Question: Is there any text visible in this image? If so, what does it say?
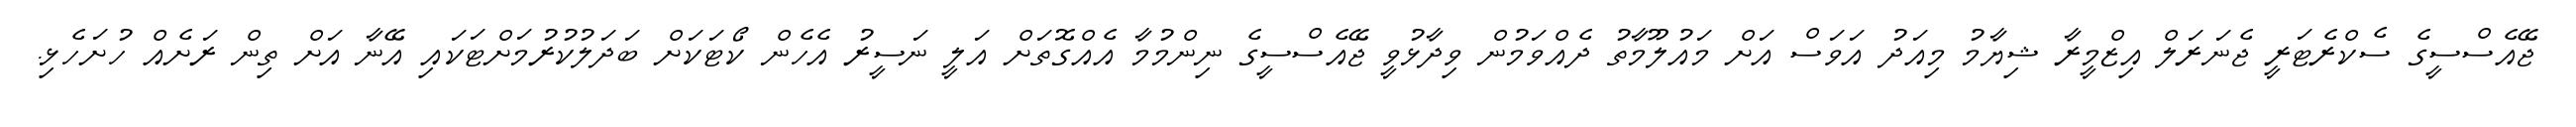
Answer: ޖޭއެސްސީގެ ސެކްރެޓަރީ ޖެނަރަލް އިޒްމީރާ ޝިޔާމު މިއަދު އަވަސް އަށް މައުލޫމާތު ދެއްވަމުން ވިދާޅުވީ ޖޭއެސްސީގެ ނިންމުމާ އެއްގޮތަށް އަލީ ނަސީރު އެހެން ކޯޓަކަށް ބަދަލުކުރުމަށްޓަކައި އޭނާ އަށް ތިން ރަށެއް ހުށަހެޅި.